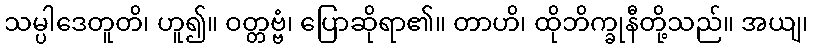
သမ္ပါဒေတူတိ၊ ဟူ၍။ ဝတ္တဗ္ဗံ၊ ပြောဆိုရာ၏။ တာဟိ၊ ထိုဘိက္ခုနီတို့သည်။ အယျ၊